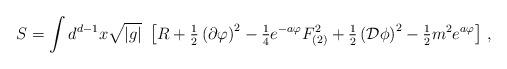
LaTeX: \begin{align*}S=\int d^{d-1}x\sqrt{|g|}\ \left[ R +{\textstyle\frac{1}{2}}\left(\partial\varphi \right)^{2}-{\textstyle\frac{1}{4}}e^{-a\varphi}F_{(2)}^{2}+{\textstyle\frac{1}{2}} \left({\cal D}\phi \right)^{2}-{\textstyle\frac{1}{2}}m^{2} e^{a\varphi} \right]\, ,\end{align*}